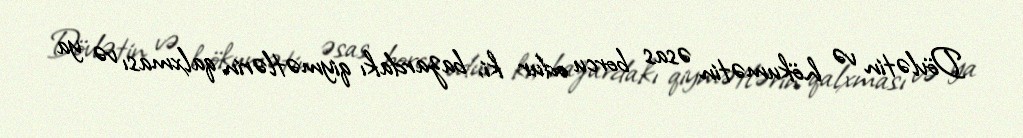
Dövlətin və hökumətin əsas borcu odur ki, bazardakı qiymətlərin qalxması və ya